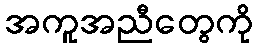
အကူအညီတွေကို